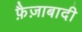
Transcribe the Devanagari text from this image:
फ़ैज़ाबादी